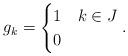
LaTeX: \begin{align*}g_{k}=\begin{cases}1 & k \in J\\0 & \end{cases}.\end{align*}